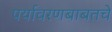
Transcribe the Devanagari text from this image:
पर्यावरणबाबतचे